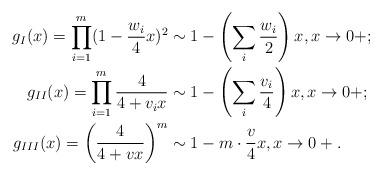
LaTeX: \begin{align*} g_I (x) = \prod_{i = 1}^m (1 - \frac{w_i }{4} x ) ^2 & \sim 1 - \left(\sum_{i } \frac{w_i}{2}\right) x , x \to 0+ ; \\ g_{II}(x) = \prod_{i = 1}^m \frac{4}{4 + v_i x } & \sim 1 - \left(\sum_i \frac{v_i}{4} \right)x , x \to 0+ ; \\ g_{III}(x) = \left(\frac{4}{4 + v x }\right)^m & \sim 1 - m \cdot \frac{v}{4} x , x \to 0+ . \end{align*}